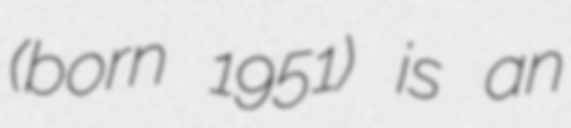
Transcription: (born 1951) is an